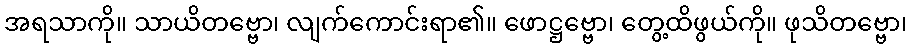
အရသာကို။ သာယိတဗ္ဗော၊ လျက်ကောင်းရာ၏။ ဖောဋ္ဌဗ္ဗော၊ တွေ့ထိဖွယ်ကို။ ဖုသိတဗ္ဗော၊